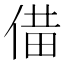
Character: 𪝌